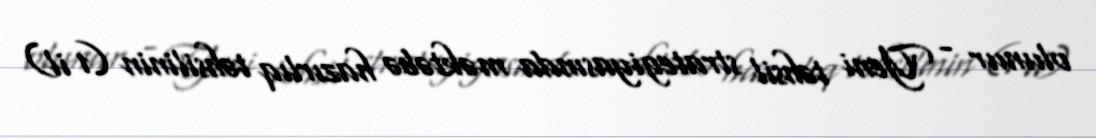
olunur - Yeni təhsil strategiyasında məktəbə hazırlıq təhsilinin (1 il)